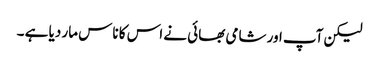
لیکن آپ اور شامی بھائی نے اس کا ناس مار دیا ہے ۔